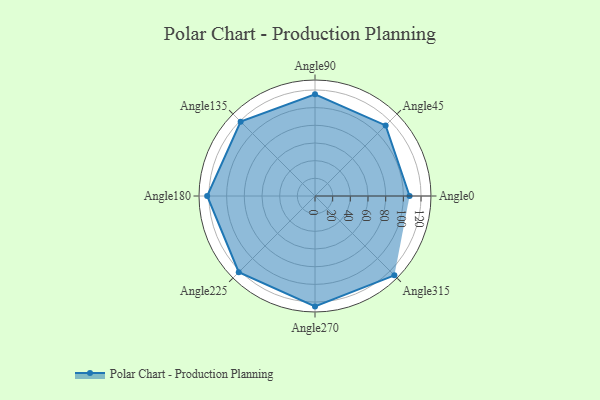
{"axis": {"x": "Angle", "y": "Radius"}, "legend": [""], "data": [{"x": "Angle0", "y": 107.0, "type": ""}, {"x": "Angle45", "y": 113.0, "type": ""}, {"x": "Angle90", "y": 115.0, "type": ""}, {"x": "Angle135", "y": 119.0, "type": ""}, {"x": "Angle180", "y": 122.0, "type": ""}, {"x": "Angle225", "y": 122.0, "type": ""}, {"x": "Angle270", "y": 125.0, "type": ""}, {"x": "Angle315", "y": 127.0, "type": ""}]}